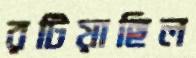
রটিয়াছিল